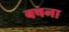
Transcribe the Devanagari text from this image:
बषना